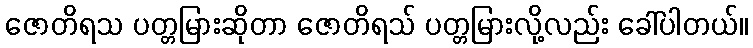
ဇောတိရသ ပတ္တမြားဆိုတာ ဇောတိရသ် ပတ္တမြားလို့လည်း ခေါ်ပါတယ်။